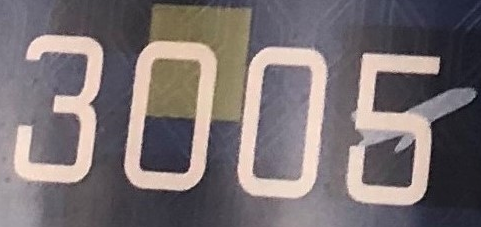
3005